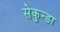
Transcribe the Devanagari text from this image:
सेकुन्डा